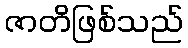
ဇာတိဖြစ်သည်